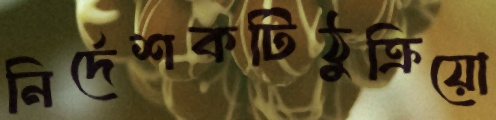
নির্দেশকটিঠুক্‌রিয়ো